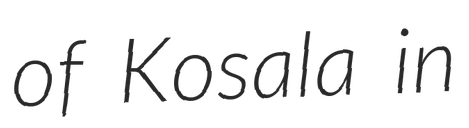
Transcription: of Kosala in